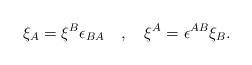
LaTeX: \begin{align*}\xi_{A}=\xi^{B}\epsilon_{BA}\quad,\quad \xi^{A}=\epsilon^{AB}\xi_{B}.\end{align*}